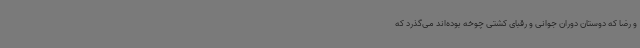
و رضا که دوستان دوران جوانی و رقبای کشتی چوخه بوده‌اند می‌گذرد که